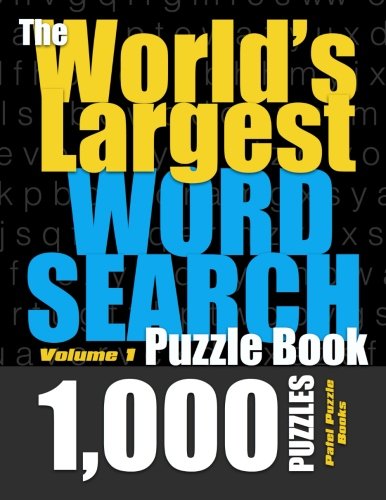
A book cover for The World's Largest Word Search Puzzle Book: 1,000 Puzzles (Vol. 1); Patel Puzzle Books; Humor & Entertainment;